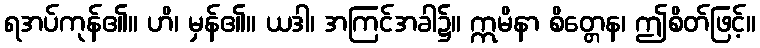
ရအပ်ကုန်၏။ ဟိ၊ မှန်၏။ ယဒါ၊ အကြင်အခါ၌။ ဣမိနာ စိတ္တေန၊ ဤစိတ်ဖြင့်။